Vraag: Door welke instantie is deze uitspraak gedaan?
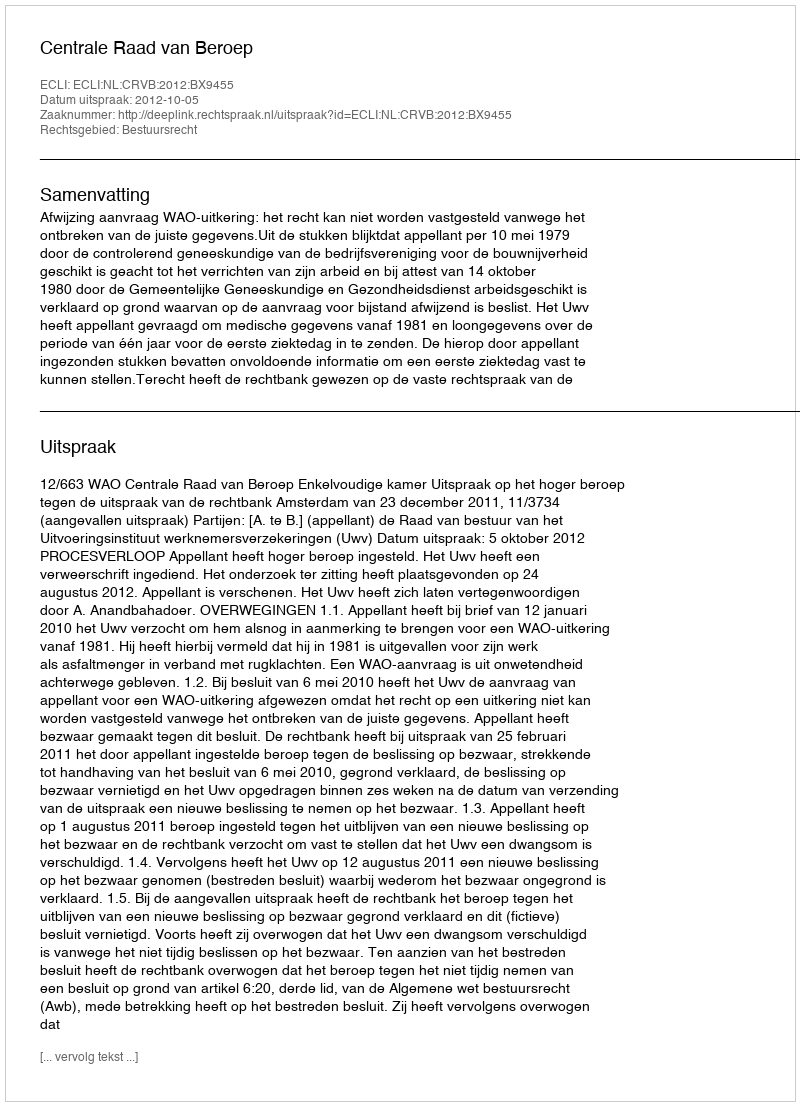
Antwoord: Centrale Raad van Beroep